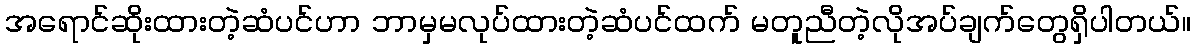
အရောင်ဆိုးထားတဲ့ဆံပင်ဟာ ဘာမှမလုပ်ထားတဲ့ဆံပင်ထက် မတူညီတဲ့လိုအပ်ချက်တွေရှိပါတယ်။